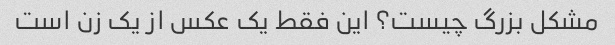
مشکل بزرگ چیست؟ این فقط یک عکس از یک زن است